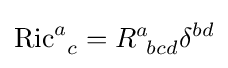
\operatorname {Ric} _{\;\;c}^{a}=R_{\;\,bcd}^{a}\delta ^{bd}